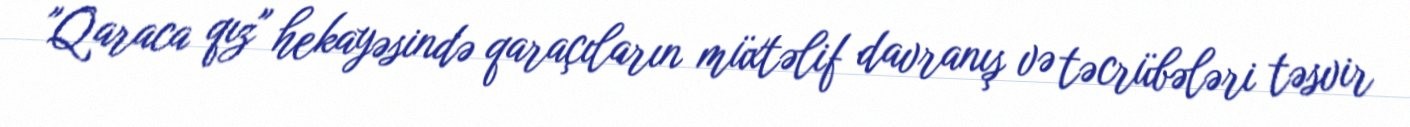
"Qaraca qız" hekayəsində qaraçıların müxtəlif davranış və təcrübələri təsvir